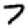
Digit: 7